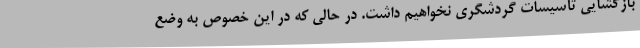
بازگشایی تأسیسات گردشگری نخواهیم داشت. در حالی که در این خصوص به وضع